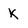
Character: K